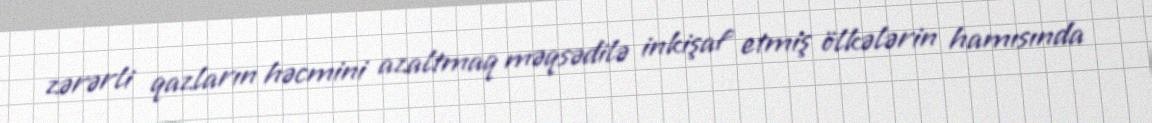
zərərli qazların həcmini azaltmaq məqsədilə inkişaf etmiş ölkələrin hamısında